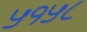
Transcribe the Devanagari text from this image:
५१५८